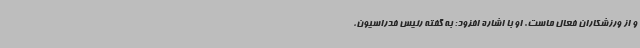
و از ورزشکاران فعال ماست. او با اشاره افزود: به گفته رئیس فدراسیون،